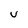
Character: v